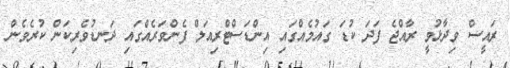
ރައީސް ވިދާޅުވީ ރާއްޖެ ފަދަ ކުޑަ ގައުމެއްގައި އިންޑަސްޓްރިއަލް ފެންވަރެއްގައި ދަނޑުވެރިކަން ކުރެވެން